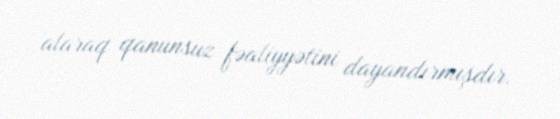
alaraq qanunsuz fəaliyyətini dayandırmışdır.